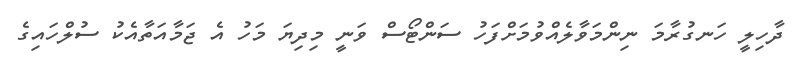
ދާހިލީ ހަނގުރާމަ ނިންމަވާލެއްވުމަށްފަހު ސަންޓޯސް ވަނީ މިދިޔަ މަހު އެ ޖަމާއަތާއެކު ސުލްހައިގެ